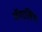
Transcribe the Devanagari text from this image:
मॅगालिथ